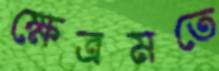
ক্ষেত্রমতে